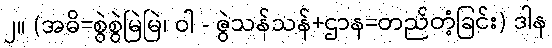
၂။ (အဓိ=စွဲစွဲမြဲမြဲ၊ ဝါ - ဇွဲသန်သန်+ဌာန=တည်တံ့ခြင်း) ဒါန